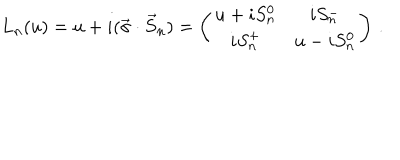
LaTeX: L _ { n } ( u ) = u + i ( \vec { \sigma } \cdot \vec { S } _ { n } ) = \left( \begin{array} { c c } { { u + i S _ { n } ^ { 0 } } } & { { i S _ { n } ^ { - } } } \\ { { i S _ { n } ^ { + } } } & { { u - i S _ { n } ^ { 0 } } } \\ \end{array} \right) \, .